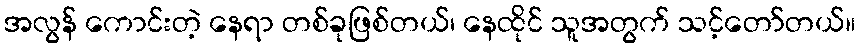
အလွန် ကောင်းတဲ့ နေရာ တစ်ခုဖြစ်တယ်၊ နေထိုင် သူအတွက် သင့်တော်တယ်။